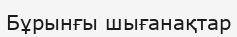
Бұрынғы шығанақтар